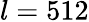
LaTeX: l=512